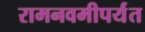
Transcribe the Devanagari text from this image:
रामनवमीपर्यंत